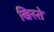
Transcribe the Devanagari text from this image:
खिस्ते